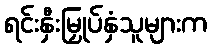
ရင်းနှီးမြှုပ်နှံသူများက